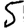
Digit: 5